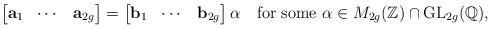
LaTeX: \begin{align*}\left[\begin{matrix}\mathbf{a}_1 & \cdots & \mathbf{a}_{2g}\end{matrix}\right]=\left[\begin{matrix}\mathbf{b}_1 & \cdots & \mathbf{b}_{2g}\end{matrix}\right]\alpha\quad\textrm{for some}~\alpha\in M_{2g}(\mathbb{Z})\cap\mathrm{GL}_{2g}(\mathbb{Q}),\end{align*}